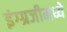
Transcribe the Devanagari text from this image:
इंग्ग्रजीमध्ये